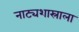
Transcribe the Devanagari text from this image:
नाट्यशास्राला